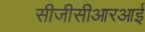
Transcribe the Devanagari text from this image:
सीजीसीआरआई